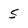
Character: 5